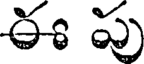
ఈ పు